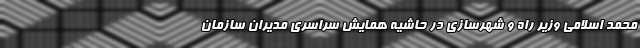
محمد اسلامی وزیر راه و شهرسازی در حاشیه همایش سراسری مدیران سازمان